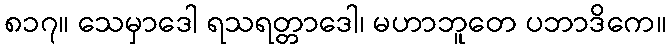
၈၁၇။ သေမှာဒေါ ရသရတ္တာဒေါ၊ မဟာဘူတေ ပဘာဒိကေ။